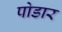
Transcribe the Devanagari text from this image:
पोडार